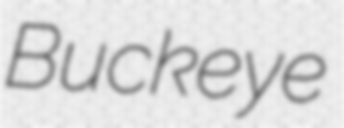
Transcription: Buckeye